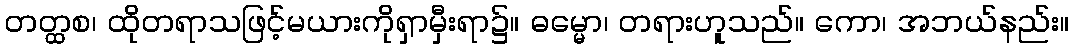
တတ္ထစ၊ ထိုတရာသဖြင့်မယားကိုရှာမှီးရာ၌။ ဓမ္မော၊ တရားဟူသည်။ ကော၊ အဘယ်နည်း။